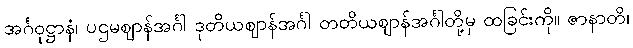
အင်္ဂဝုဋ္ဌာနံ၊ ပဌမဈာန်အင်္ဂါ ဒုတိယဈာန်အင်္ဂါ တတိယဈာန်အင်္ဂါတို့မှ ထခြင်းကို။ ဇာနာတိ၊